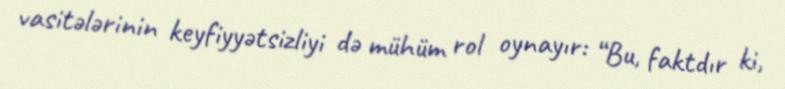
vasitələrinin keyfiyyətsizliyi də mühüm rol oynayır: “Bu, faktdır ki,